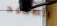
الصعيد